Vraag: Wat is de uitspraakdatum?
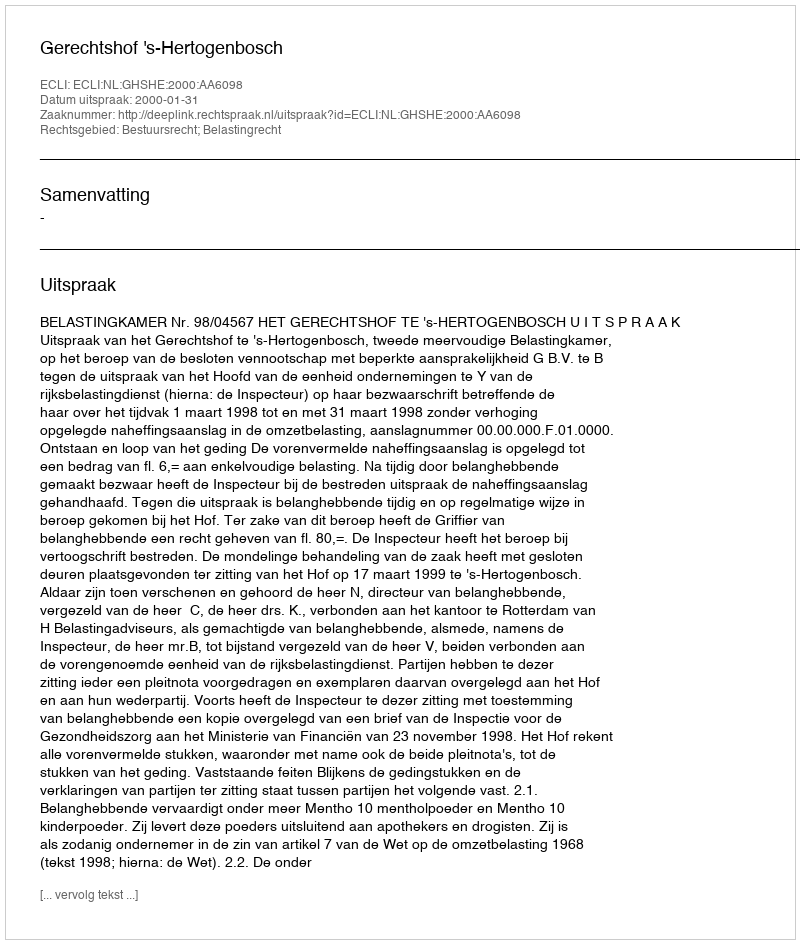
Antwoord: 2000-01-31